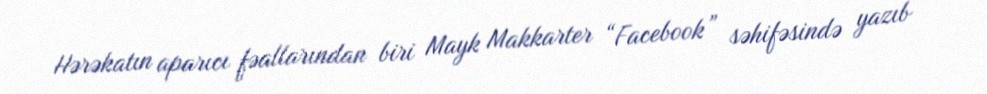
Hərəkatın aparıcı fəallarından biri Mayk Makkarter “Facebook” səhifəsində yazıb